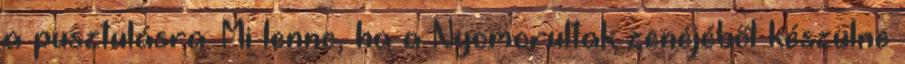
a pusztulásra. Mi lenne, ha a Nyomorultak zenéjéből készülne